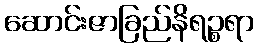
ဆောင်းဇာခြည်နိရဉ္စရာ